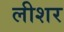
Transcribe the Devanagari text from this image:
लीशर